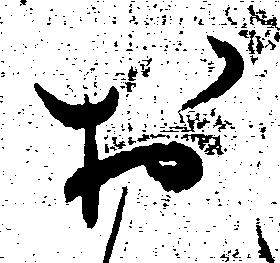
お